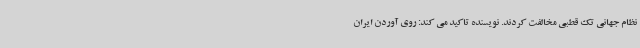
نظام جهانی تک قطبی مخالفت کردند. نویسنده تاکید می کند: روی آوردن ایران